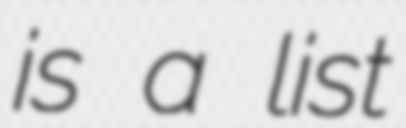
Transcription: is a list